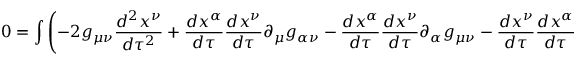
0 = \int \left( - 2 g _ { \mu \nu } { \frac { d ^ { 2 } x ^ { \nu } } { d \tau ^ { 2 } } } + { \frac { d x ^ { \alpha } } { d \tau } } { \frac { d x ^ { \nu } } { d \tau } } \partial _ { \mu } g _ { \alpha \nu } - { \frac { d x ^ { \alpha } } { d \tau } } { \frac { d x ^ { \nu } } { d \tau } } \partial _ { \alpha } g _ { \mu \nu } - { \frac { d x ^ { \nu } } { d \tau } } { \frac { d x ^ { \alpha } } { d \tau } } \partial _ { \nu } g _ { \mu \alpha } \right) \delta x ^ { \mu } \, d \tau